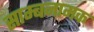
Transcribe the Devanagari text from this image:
साम्बनामक